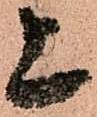
上